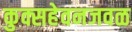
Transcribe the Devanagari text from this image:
कुक्सहेवनजवळ